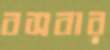
বসবার